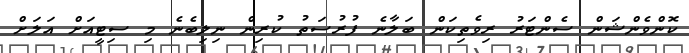
ކޮންވެންޝަން ސެންޓަރު ރިވެތިކަން ބަލާނެ ފުރުސަތު ކުރިން ނިލިބެނެ މި ސިޓީއަށް އަލަށް